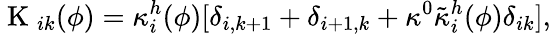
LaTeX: \mathrm{~K~}_{ik}(\phi)=\kappa_{i}^{h}(\phi)[\delta_{i,k+1}+\delta_{i+1,k}+\kappa^{0}\tilde{\kappa}_{i}^{h}(\phi)\delta_{ik}],